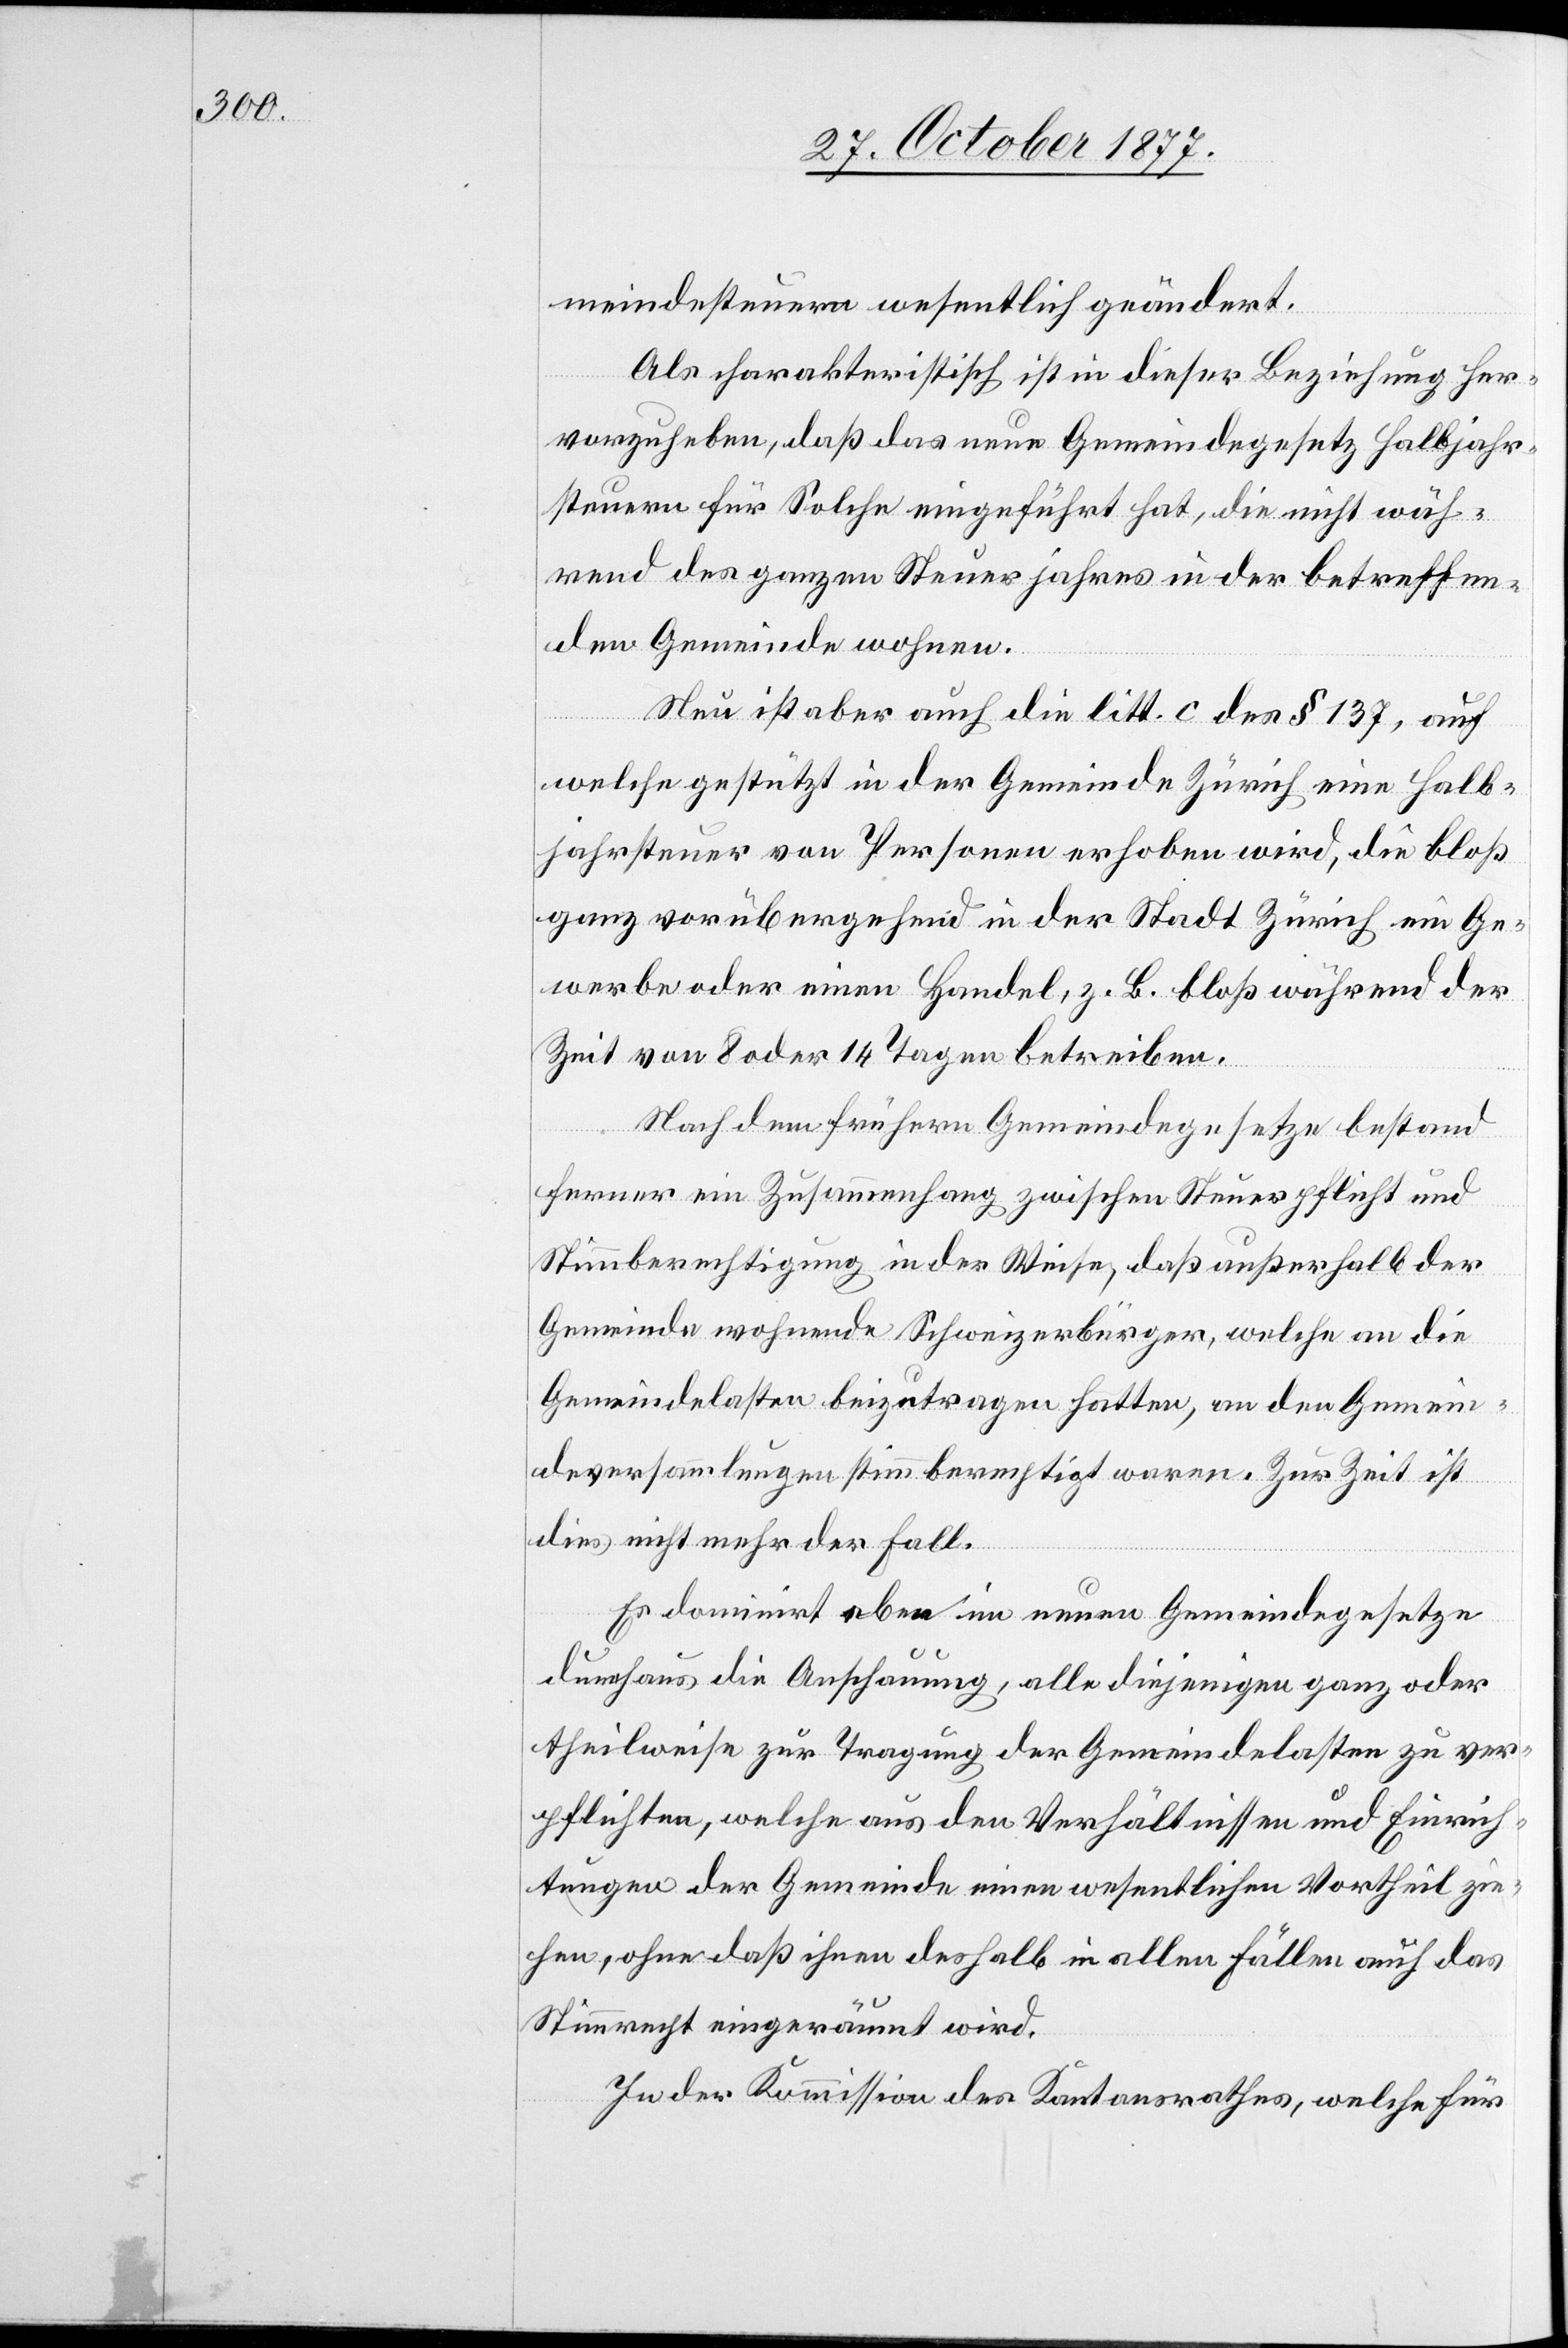
meindesteuern wesentlich geändert.
Als charakteristisch ist in dieser Beziehung her¬
vorzuheben, daß das neue Gemeindegesetz Halbjahr¬
steuern für Solche eingeführt hat, die nicht wäh¬
rend des ganzen Steuerjahres in der betreffen¬
den Gemeinde wohnen.
Nun ist aber auch die litt. c des § 137, auf
welche gestützt in der Gemeinde Zürich eine Halb¬
jahrsteuer von Personen erhoben wird, die bloß
ganz vorübergehend in der Stadt Zürich ein Ge¬
werbe oder einen Handel, z. B. bloß während der
Zeit von 8 oder 14 Tagen betreiben.
Nach dem frühern Gemeindegesetze bestand
ferner ein Zusammenhang zwischen Steuerpflicht und
Stimmberechtigung in der Weise, daß außerhalb der
Gemeinde wohnende Schweizerbürger, welche an die
Gemeindelasten beizutragen hatten, an den Gemein¬
deversammlungen stimmberechtigt waren. Zur Zeit ist
dies nicht mehr der Fall.
Es dominirt eben im neuen Gemeindegesetze
durchaus die Anschauung, alle diejenigen ganz oder
theilweise zur Tragung der Gemeindelasten zu ver¬
pflichten, welche aus den Verhältnissen und Einrich¬
tungen der Gemeinde einen wesentlichen Vortheil zie¬
hen, ohne daß ihnen deshalb in allen Fällen auch das
Stimmrecht eingeräumt wird.
In der Kommission des Kantonsrathes, welche für